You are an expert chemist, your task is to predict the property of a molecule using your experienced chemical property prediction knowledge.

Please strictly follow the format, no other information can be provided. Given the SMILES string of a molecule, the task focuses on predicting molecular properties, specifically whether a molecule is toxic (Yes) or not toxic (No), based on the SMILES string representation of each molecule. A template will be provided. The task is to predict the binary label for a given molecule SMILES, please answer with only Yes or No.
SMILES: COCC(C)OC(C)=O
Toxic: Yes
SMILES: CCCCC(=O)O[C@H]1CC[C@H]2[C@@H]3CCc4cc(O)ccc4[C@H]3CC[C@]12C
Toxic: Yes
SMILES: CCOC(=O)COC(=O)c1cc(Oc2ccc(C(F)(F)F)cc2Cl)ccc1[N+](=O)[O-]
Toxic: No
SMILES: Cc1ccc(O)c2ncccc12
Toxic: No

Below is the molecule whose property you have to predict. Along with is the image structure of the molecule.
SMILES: CC1=C(C(=O)Nc2ccccc2)SCCO1
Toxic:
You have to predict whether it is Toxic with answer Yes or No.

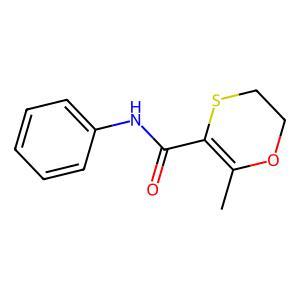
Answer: No